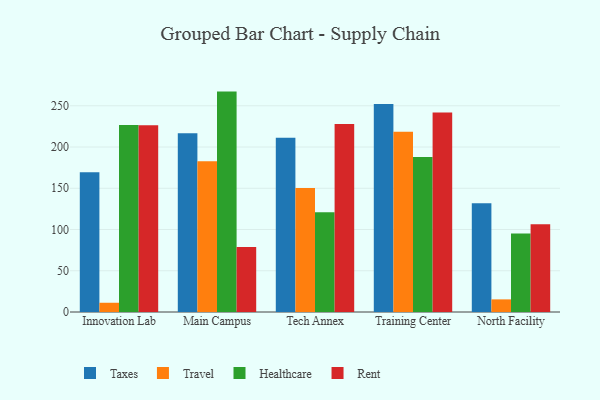
{"axis": {"x": "Campus", "y": "Active Users"}, "legend": ["Healthcare", "Rent", "Taxes", "Travel"], "data": [{"x": "Innovation Lab", "y": 169.5, "type": "Taxes"}, {"x": "Innovation Lab", "y": 11.2, "type": "Travel"}, {"x": "Innovation Lab", "y": 226.7, "type": "Healthcare"}, {"x": "Innovation Lab", "y": 226.4, "type": "Rent"}, {"x": "Main Campus", "y": 216.7, "type": "Taxes"}, {"x": "Main Campus", "y": 182.9, "type": "Travel"}, {"x": "Main Campus", "y": 267.2, "type": "Healthcare"}, {"x": "Main Campus", "y": 78.7, "type": "Rent"}, {"x": "Tech Annex", "y": 211.2, "type": "Taxes"}, {"x": "Tech Annex", "y": 150.2, "type": "Travel"}, {"x": "Tech Annex", "y": 121.0, "type": "Healthcare"}, {"x": "Tech Annex", "y": 227.9, "type": "Rent"}, {"x": "Training Center", "y": 252.2, "type": "Taxes"}, {"x": "Training Center", "y": 218.4, "type": "Travel"}, {"x": "Training Center", "y": 188.0, "type": "Healthcare"}, {"x": "Training Center", "y": 241.9, "type": "Rent"}, {"x": "North Facility", "y": 131.7, "type": "Taxes"}, {"x": "North Facility", "y": 15.3, "type": "Travel"}, {"x": "North Facility", "y": 95.2, "type": "Healthcare"}, {"x": "North Facility", "y": 106.4, "type": "Rent"}]}